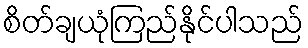
စိတ်ချယုံကြည်နိုင်ပါသည်